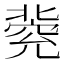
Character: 𠤦